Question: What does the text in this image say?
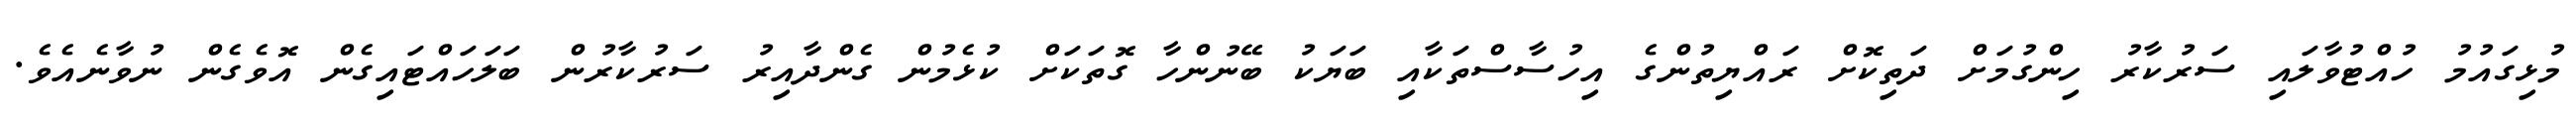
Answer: މުޅިގައުމު ހުއްޓުވާލައި ސަރުކާރު ހިންގުމަށް ދަތިކޮށް ރައްޔިތުންގެ އިހުސާސްތަކާއި ބަޔަކު ބޭނުންހާ ގޮތަކަށް ކުޅެމުން ގެންދާއިރު ސަރުކާރުން ބަލަހައްޓައިގެން އޮވެގެން ނުވާނެއެވެ.